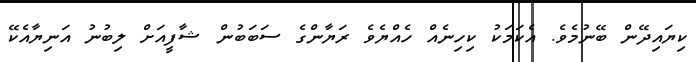
ކިޔައިދޭން ބޭނުމެވެ. އެކަމަކު ކިހިނެއް ހެއްޔެވެ ރަޔާންގެ ސަބަބުން ޝާފީއަށް ލިބުނު އަނިޔާއެކޭ